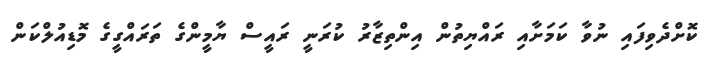
ކޮށްދެވިފައި ނުވާ ކަމަށާއި ރައްޔިތުން އިންތިޒާރު ކުރަނީ ރައީސް ޔާމީންގެ ތަރައްގީގެ މޮޑިއުލްކަން